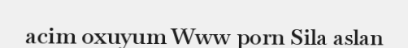
acim oxuyum Www porn Sila aslan